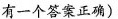
有一个答案正确)